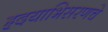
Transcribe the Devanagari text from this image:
हृदयाभिसरणचे